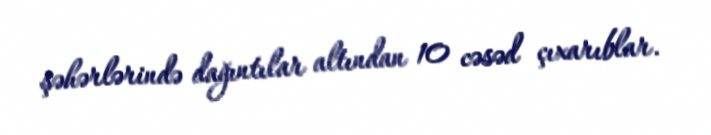
şəhərlərində dağıntılar altından 10 cəsəd çıxarıblar.